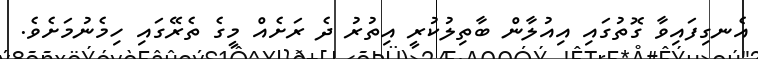
އެނގިފައިވާ ގޮތުގައި އިއުލާން ބާތިލުކުރީ އިތުރު ދެ ރަށެއް މީގެ ތެރޭގައި ހިމެނުމަށެވެ.